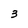
Character: 3